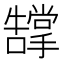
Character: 𭣂